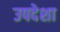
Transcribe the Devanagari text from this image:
उपदेशा